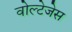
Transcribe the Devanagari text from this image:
वोल्टेजेस